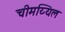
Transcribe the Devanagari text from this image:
चीमय्यिल